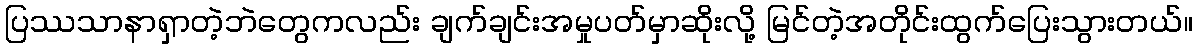
ပြဿသာနာရှာတဲ့ဘဲတွေကလည်း ချက်ချင်းအမှုပတ်မှာဆိုးလို့ မြင်တဲ့အတိုင်းထွက်ပြေးသွားတယ်။